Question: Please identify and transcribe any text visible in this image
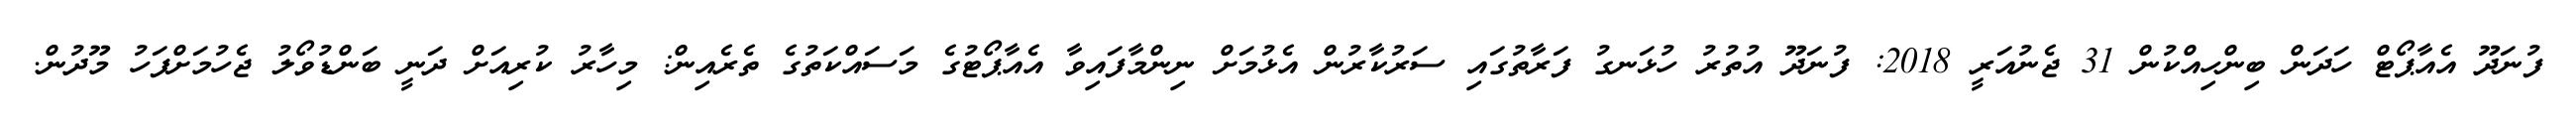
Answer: ފުނަދޫ އެއާޕޯޓް ހަދަން ބިންހިއްކުން 31 ޖެނުއަރީ 2018: ފުނަދޫ އުތުރު ހުޅަނގު ފަރާތުގައި ސަރުކާރުން އެޅުމަށް ނިންމާފައިވާ އެއާޕޯޓުގެ މަސައްކަތުގެ ތެރެއިން: މިހާރު ކުރިއަށް ދަނީ ބަންޑުވޯލު ޖެހުމަށްފަހު މޫދުން.